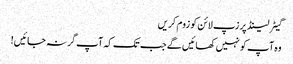
گیٹر لینڈ پر زپ لائن کو زوم کریں
وہ آپ کو نہیں کھائیں گے جب تک کہ آپ گر نہ جائیں!